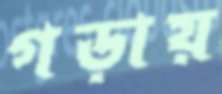
গড়ায়